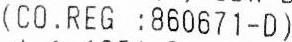
(CO.REG :860671-D)